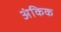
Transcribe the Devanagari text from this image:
अंकिक